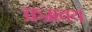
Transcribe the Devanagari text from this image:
क्रमवय